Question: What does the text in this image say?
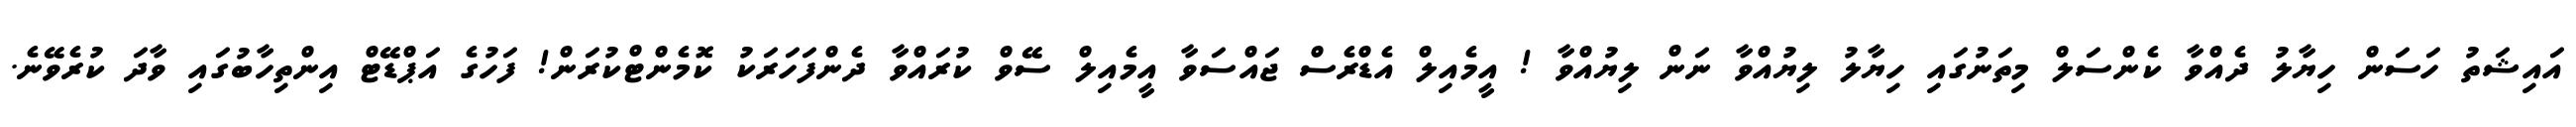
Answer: އައިޝަތު ހަސަން ހިޔާލު ދެއްވާ ކެންސަލް މިތަނުގައި ހިޔާލު ލިޔުއްވާ ނަން ލިޔުއްވާ ! އީމެއިލް އެޑްރެސް ޖައްސަވާ އީމެއިލް ސޭވް ކުރައްވާ ދެންފަހަރަކު ކޮމެންޓްކުރަން! ފަހުގެ އަޕްޑޭޓް އިންތިހާބުގައި ވާދަ ކުރެވޭނެ.